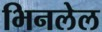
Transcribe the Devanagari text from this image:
भिनलेल